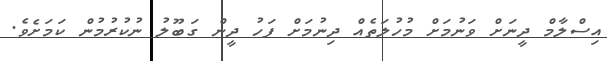
އިސްލާމް ދީނަށް ވަނުމަށް މުހުލަތެއް ދިނުމަށް ފަހު ދީން ގަބޫލު ނުކުރުމުން ކަމަށެވެ.